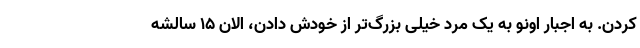
کردن. به اجبار اونو به یک مرد خیلی بزرگ‌تر از خودش دادن، الان ۱۵ سالشه